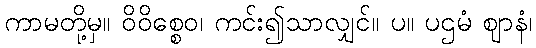
ကာမတို့မှ။ ဝိဝိစ္စေဝ၊ ကင်း၍သာလျှင်။ ပ။ ပဌမံ ဈာနံ၊